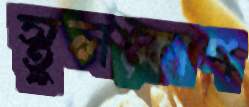
স্থূলকোণ